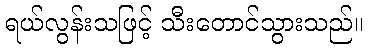
ရယ်လွန်းသဖြင့် သီးတောင်သွားသည်။